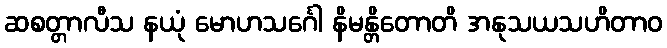
ဆစတ္တာလီသ နယုံ မောဟသင်္ဂေါ နိမန္တိတောတိ အနုသယသဟိတာဝ